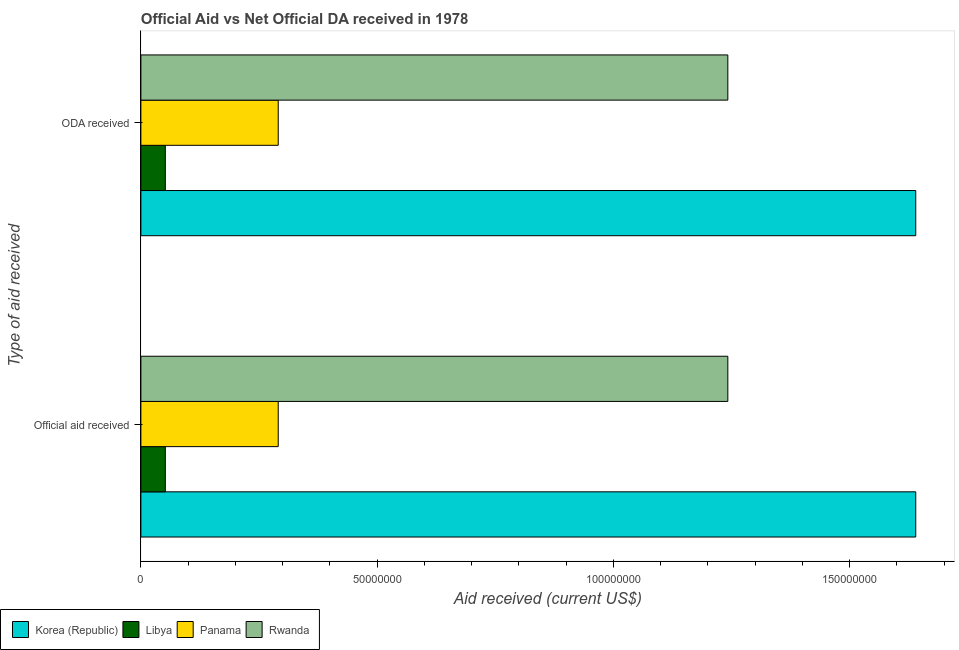
| Type of aid received | Korea (Republic) | Libya | Panama | Rwanda |
 | --- | --- | --- | --- | --- |
 | Official aid received | 1.64e+08 | 5.17e+06 | 2.91e+07 | 1.24e+08 |
 | ODA received | 1.64e+08 | 5.17e+06 | 2.91e+07 | 1.24e+08 |